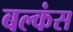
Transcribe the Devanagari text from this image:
बल्कंस